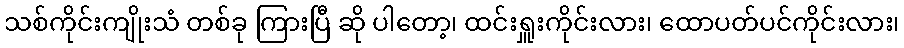
သစ်ကိုင်းကျိုးသံ တစ်ခု ကြားပြီ ဆို ပါတော့၊ ထင်းရှူးကိုင်းလား၊ ထောပတ်ပင်ကိုင်းလား၊